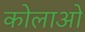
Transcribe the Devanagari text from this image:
कोलाओ